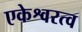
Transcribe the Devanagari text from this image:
एकेश्वरत्व